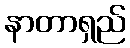
နာတာရှည်